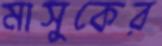
মাসুকের